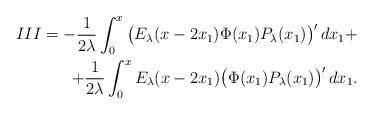
LaTeX: \begin{align*}III= -\frac{1}{2\lambda}\int_0^x \big(E_\lambda(x-2x_1)\Phi(x_1)P_\lambda(x_1)\big)'\,dx_1+&\\+\frac{1}{2\lambda}\int_0^x E_\lambda(x-2x_1)\big(\Phi(x_1)P_\lambda(x_1)\big)'\,dx_1.\end{align*}